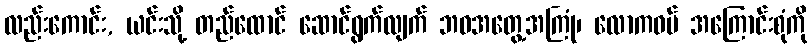
လည်းကောင်း, ယင်းသို့ တည်ထောင် ဆောင်ရွက်လျက် ဘဝအတွေ့အကြုံ၊ လောကဓမ် အကြောင်းစုံကို